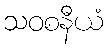
သဝစနီယံ